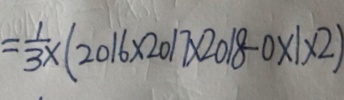
= \frac { 1 } { 3 } \times ( 2 0 1 6 \times 2 0 1 7 \times 2 0 1 8 - 0 \times 1 \times 2 )